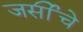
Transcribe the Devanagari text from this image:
जर्सीचे